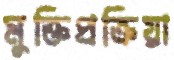
মুক্তিপ্রক্রিয়া